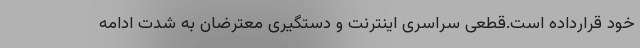
خود قرارداده است.قطعی سراسری اینترنت و دستگیری معترضان به شدت ادامه